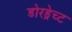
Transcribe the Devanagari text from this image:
डोरड्रेच्ट